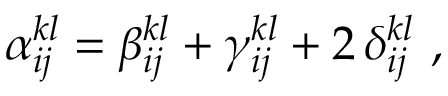
\alpha _ { i j } ^ { k l } = \beta _ { i j } ^ { k l } + \gamma _ { i j } ^ { k l } + 2 \, \delta _ { i j } ^ { k l } \mathrm { ~ , ~ }